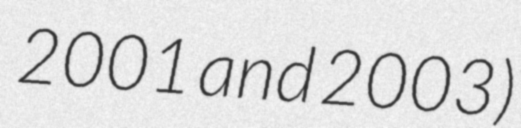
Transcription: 2001 and 2003)